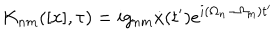
LaTeX: K _ { n m } ( [ x ] , \tau ) = i g _ { n m } \dot { x } ( t ^ { \prime } ) e ^ { i ( \Omega _ { n } - \Omega _ { m } ) t ^ { \prime } }